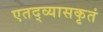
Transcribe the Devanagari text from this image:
एतद्व्यासकृतं